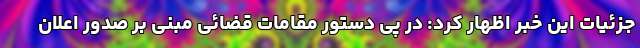
جزئیات این خبر اظهار کرد: در پی دستور مقامات قضائی مبنی بر صدور اعلان